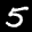
Label: 5